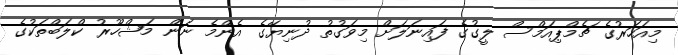
މިއަހަރުގެ ޗެމްޕިއަމްސް ލީގުގެ ފައިނަލަށް މިވަގުތު ދުނިޔޭގެ އެންމެ ނަން މަޝްހޫރު ކްލަބްތަކުގެ